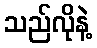
သည်လိုနဲ့